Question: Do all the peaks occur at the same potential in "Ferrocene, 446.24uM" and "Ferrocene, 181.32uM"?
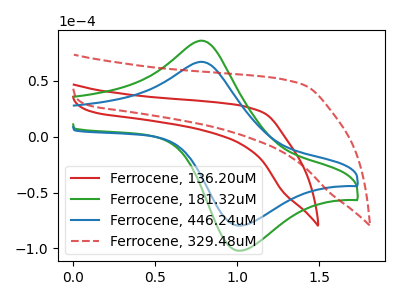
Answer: <think>The red curve "Ferrocene, 136.20uM" has no peaks. The green curve "Ferrocene, 181.32uM" has an anodic peak at (0.80V, 86.10uA) and a cathodic peak at (1.00V, -102.10uA). The blue curve "Ferrocene, 446.24uM" has an anodic peak at (0.80V, 67.15uA) and a cathodic peak at (1.00V, -79.60uA). The red dashed curve "Ferrocene, 329.48uM" has no peaks.</think>
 <answer>Yes, "Ferrocene, 446.24uM" have a peak in "Ferrocene, 181.32uM" at the same potential.</answer>
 <eval>match</eval>